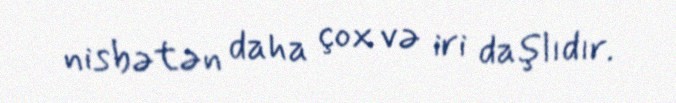
nisbətən daha çox və iri daşlıdır.